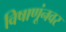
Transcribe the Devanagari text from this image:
विषाणूंनवर